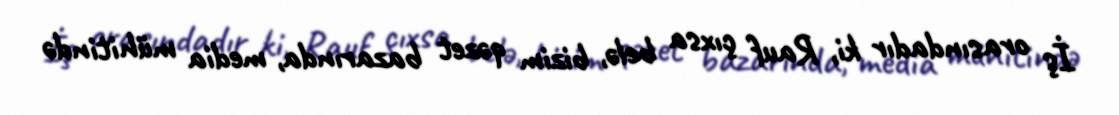
İş orasındadır ki, Rauf çıxsa belə, bizim qəzet bazarında, media mühitində